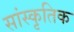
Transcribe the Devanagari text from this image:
सांस्कृ़तिक